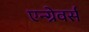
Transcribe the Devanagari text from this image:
एन्ग्रेवर्स